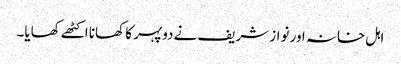
اہل خانہ اور نواز شریف نے دوپہر کا کھانا اکٹھے کھایا۔